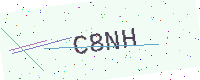
Text: C8NH